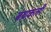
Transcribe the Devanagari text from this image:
बथ्रकली